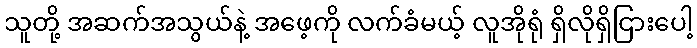
သူတို့ အဆက်အသွယ်နဲ့ အဖေ့ကို လက်ခံမယ့် လူအိုရုံ ရှိလိုရှိငြားပေါ့